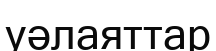
уәлаяттар